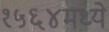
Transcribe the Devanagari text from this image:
१५६४मध्ये